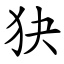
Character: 㹟